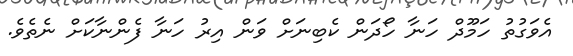
އެވަގުތު ހަމޫދް ހަނާ ހޯދަން ކެބިނަށް ވަން އިރު ހަނާ ފެންނާކަށް ނެތެވެ.